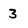
Character: 3